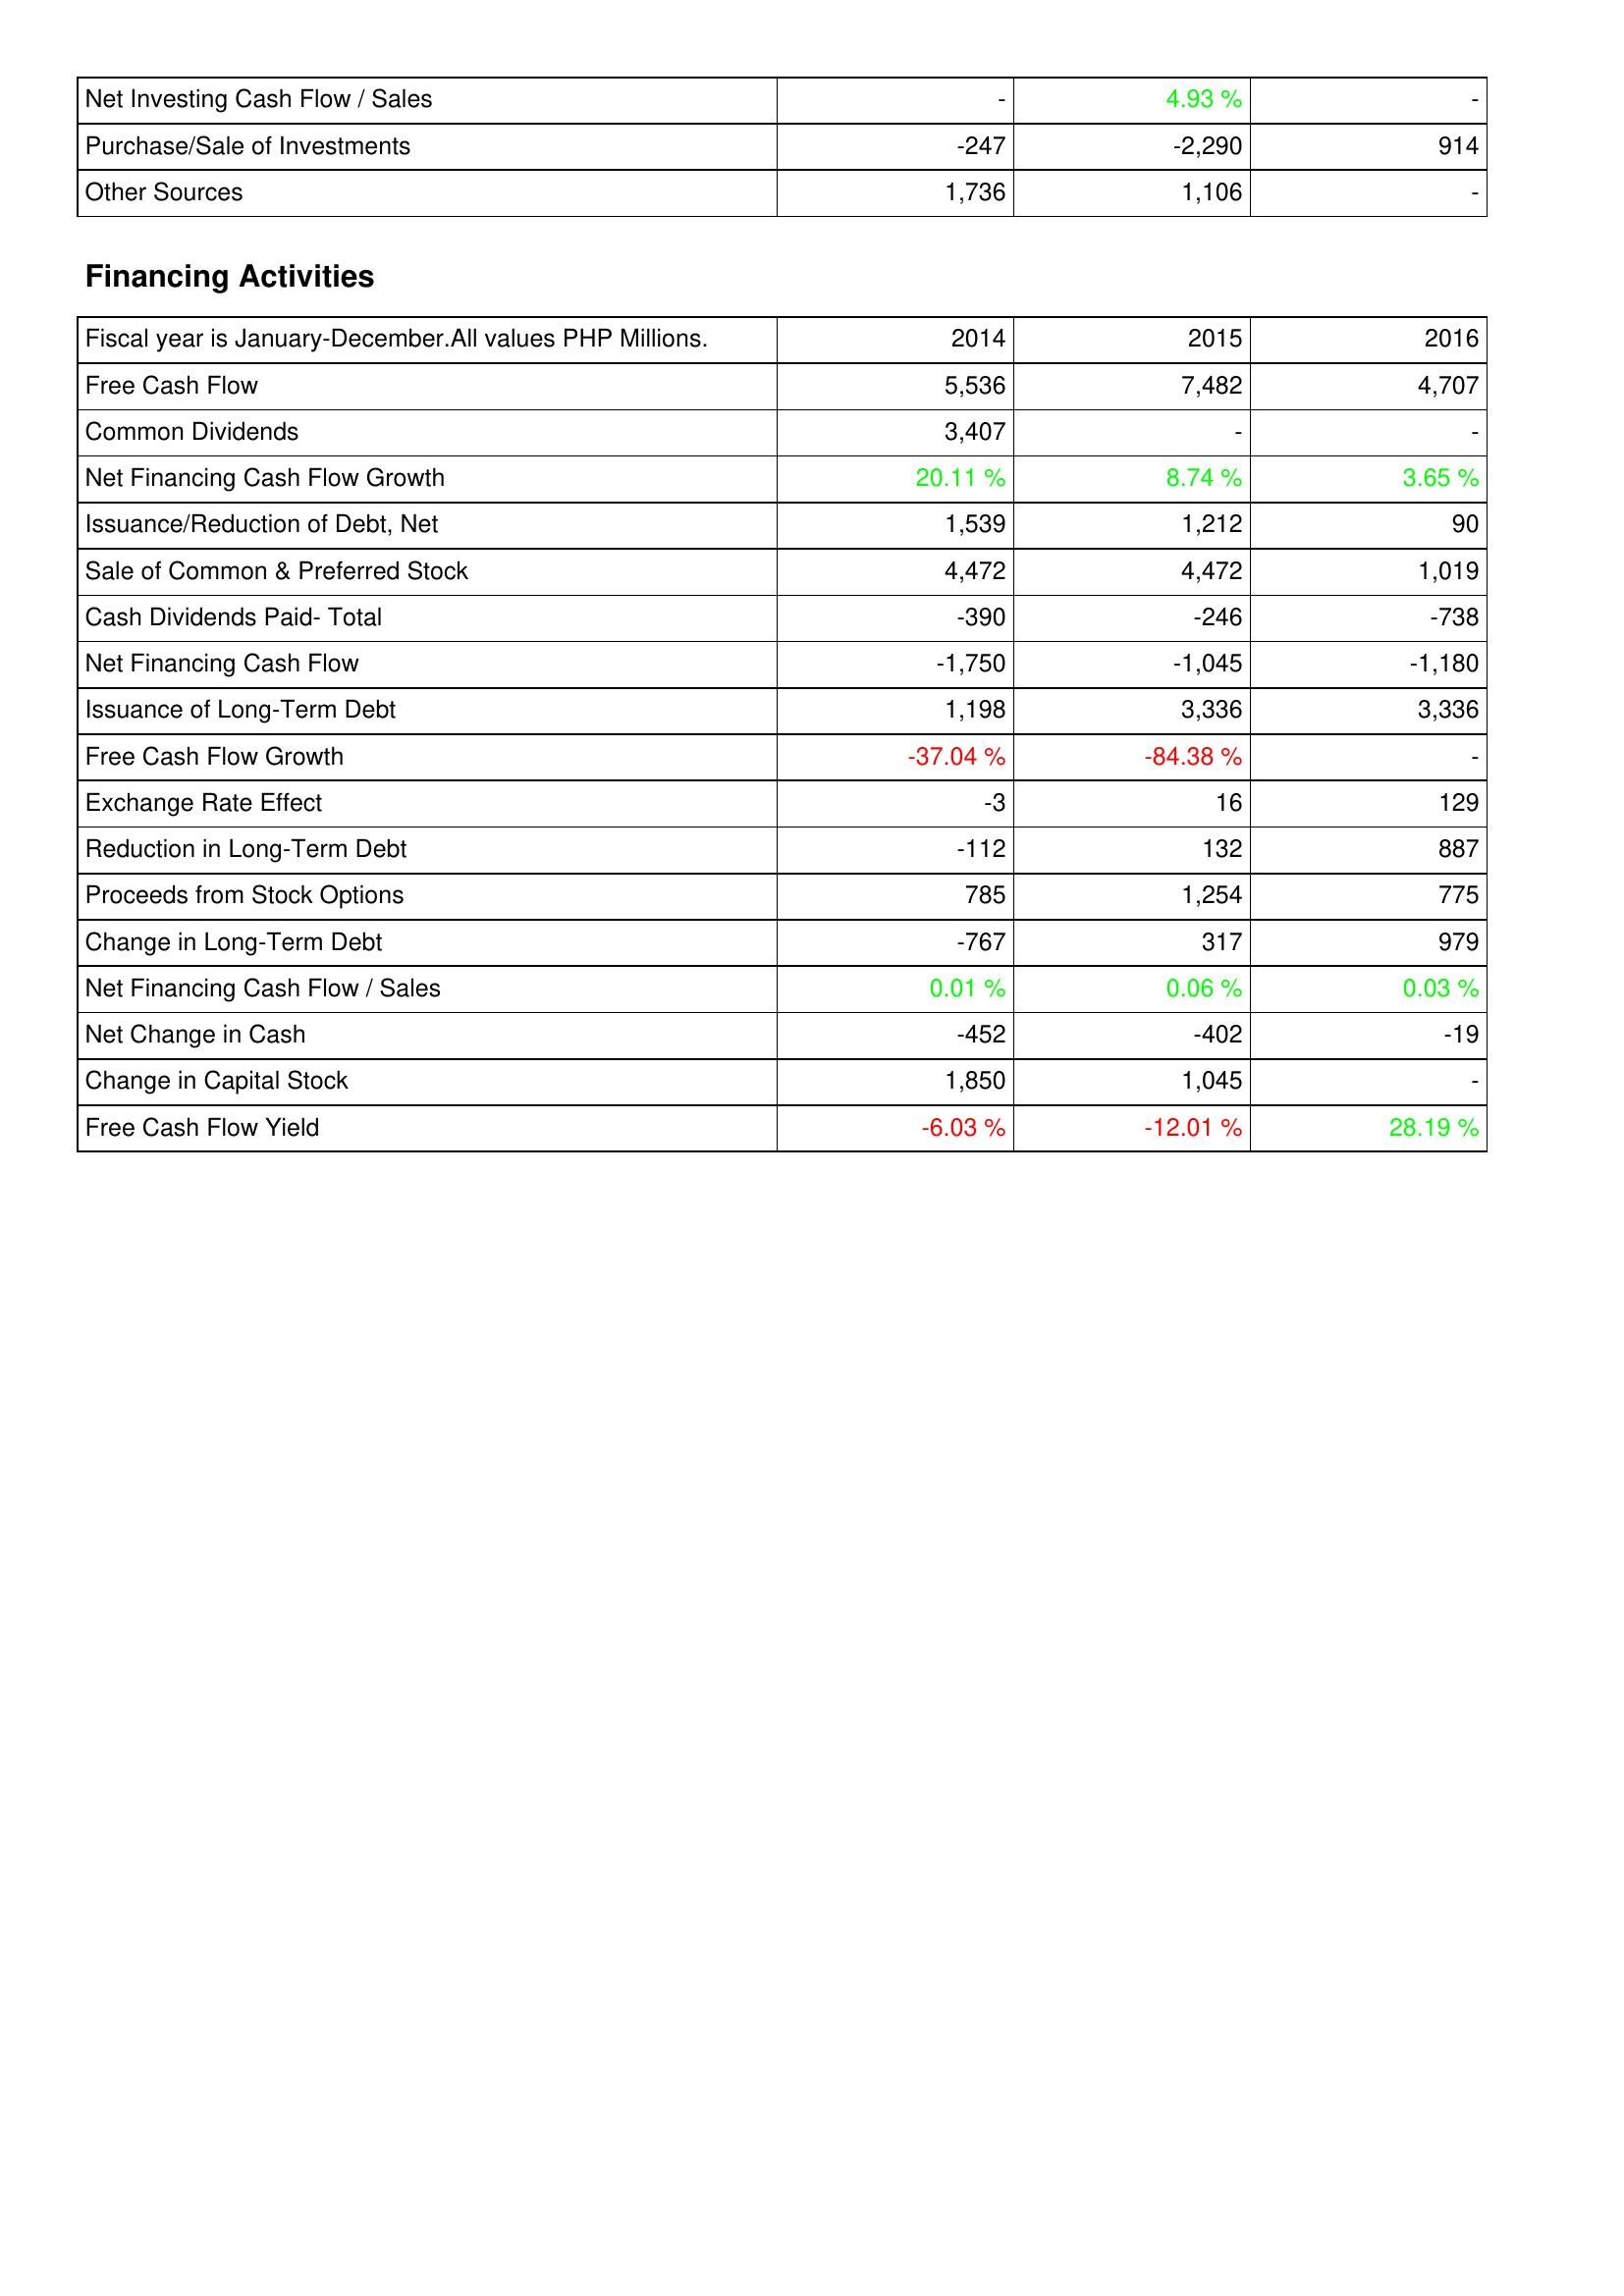
2014: Investing Activities: Net Investing Cash Flow / Sales: -
Purchase/Sale of Investments: -247
Other Sources: 1,736
Financing Activities: Free Cash Flow: 5,536
Common Dividends: 3,407
Net Financing Cash Flow Growth: 20.11 %
Issuance/Reduction of Debt, Net: 1,539
Sale of Common & Preferred Stock: 4,472
Cash Dividends Paid- Total: -390
Net Financing Cash Flow: -1,750
Issuance of Long-Term Debt: 1,198
Free Cash Flow Growth: -37.04 %
Exchange Rate Effect: -3
Reduction in Long-Term Debt: -112
Proceeds from Stock Options: 785
Change in Long-Term Debt: -767
Net Financing Cash Flow / Sales: 0.01 %
Net Change in Cash: -452
Change in Capital Stock: 1,850
Free Cash Flow Yield: -6.03 %
2015: Investing Activities: Net Investing Cash Flow / Sales: 4.93 %
Purchase/Sale of Investments: -2,290
Other Sources: 1,106
Financing Activities: Free Cash Flow: 7,482
Common Dividends: -
Net Financing Cash Flow Growth: 8.74 %
Issuance/Reduction of Debt, Net: 1,212
Sale of Common & Preferred Stock: 4,472
Cash Dividends Paid- Total: -246
Net Financing Cash Flow: -1,045
Issuance of Long-Term Debt: 3,336
Free Cash Flow Growth: -84.38 %
Exchange Rate Effect: 16
Reduction in Long-Term Debt: 132
Proceeds from Stock Options: 1,254
Change in Long-Term Debt: 317
Net Financing Cash Flow / Sales: 0.06 %
Net Change in Cash: -402
Change in Capital Stock: 1,045
Free Cash Flow Yield: -12.01 %
2016: Investing Activities: Net Investing Cash Flow / Sales: -
Purchase/Sale of Investments: 914
Other Sources: -
Financing Activities: Free Cash Flow: 4,707
Common Dividends: -
Net Financing Cash Flow Growth: 3.65 %
Issuance/Reduction of Debt, Net: 90
Sale of Common & Preferred Stock: 1,019
Cash Dividends Paid- Total: -738
Net Financing Cash Flow: -1,180
Issuance of Long-Term Debt: 3,336
Free Cash Flow Growth: -
Exchange Rate Effect: 129
Reduction in Long-Term Debt: 887
Proceeds from Stock Options: 775
Change in Long-Term Debt: 979
Net Financing Cash Flow / Sales: 0.03 %
Net Change in Cash: -19
Change in Capital Stock: -
Free Cash Flow Yield: 28.19 %